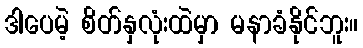
ဒါပေမဲ့ စိတ်နှလုံးထဲမှာ မနာခံနိုင်ဘူး။